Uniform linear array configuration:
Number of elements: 4
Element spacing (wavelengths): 0.5
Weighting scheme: kaiser
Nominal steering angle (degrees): -30
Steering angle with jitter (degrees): -28.204
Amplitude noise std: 0.05
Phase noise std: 0.05

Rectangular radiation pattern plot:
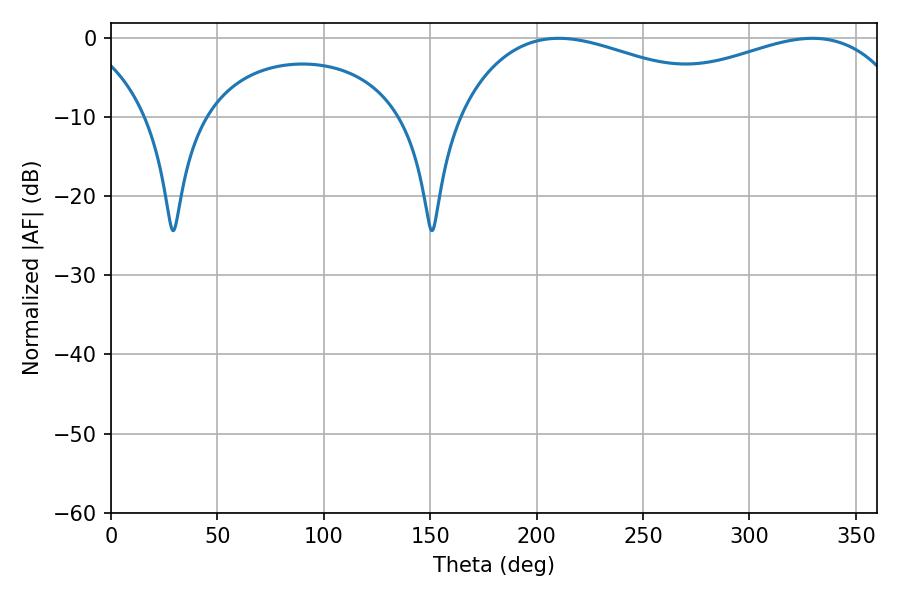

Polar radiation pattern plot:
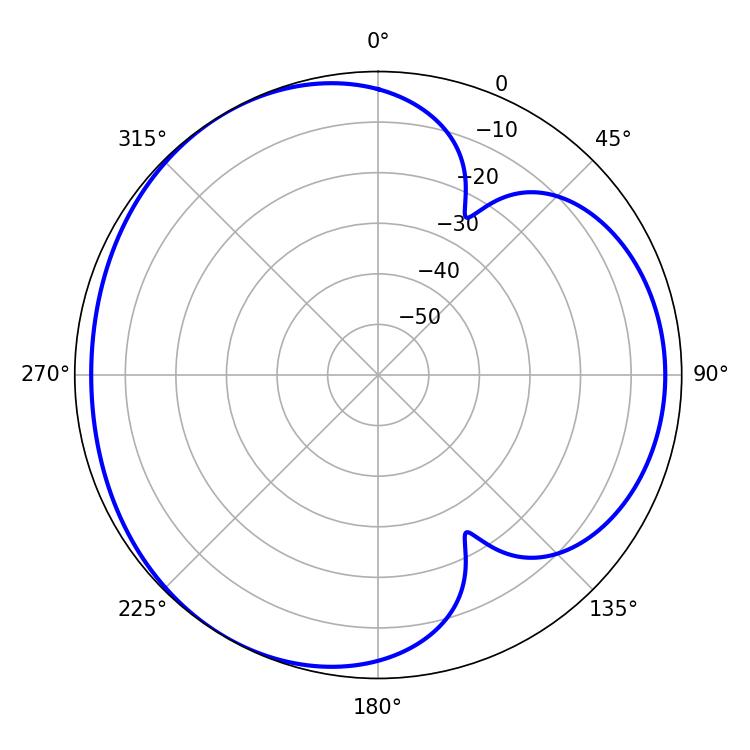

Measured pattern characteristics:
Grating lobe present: FALSE
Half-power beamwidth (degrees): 77.22
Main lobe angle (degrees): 210.42